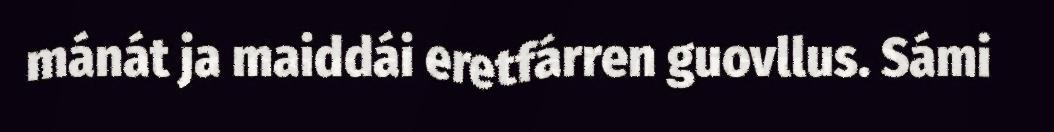
mánát ja maiddái eretfárren guovllus. Sámi